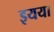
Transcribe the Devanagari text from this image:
इयया